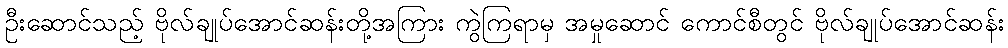
ဦးဆောင်သည့် ဗိုလ်ချုပ်အောင်ဆန်းတို့အကြား ကွဲကြရာမှ အမှုဆောင် ကောင်စီတွင် ဗိုလ်ချုပ်အောင်ဆန်း